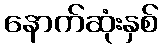
နောက်ဆုံးနှစ်